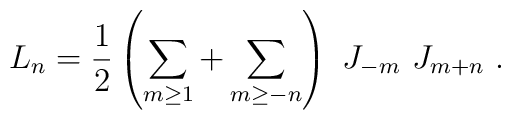
L_n={1\over 2}\left(\sum_{m\geq 1}+\sum_{m\geq -n}\right)\ J_{-m}\ J_{m+n} \ .